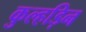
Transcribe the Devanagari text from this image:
कुल्‍हड़िन